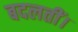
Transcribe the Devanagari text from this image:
बदलतीं।